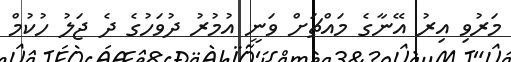
މަރުވި އިރު އޭނާގެ މައްޗަށް ވަނީ އުމުރު ދުވަހުގެ ދެ ޖަލު ހުކުމް